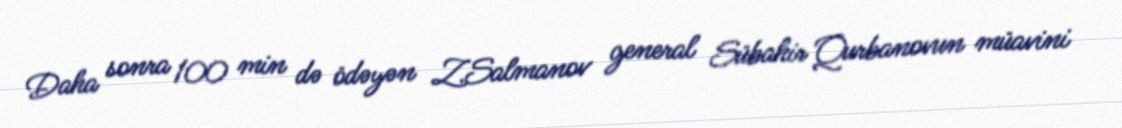
Daha sonra 100 min də ödəyən Z.Salmanov general Sübahir Qurbanovun müavini